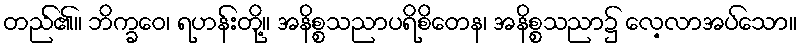
တည်၏။ ဘိက္ခဝေ၊ ရဟန်းတို့။ အနိစ္စသညာပရိစိတေန၊ အနိစ္စသညာ၌ လေ့လာအပ်သော။